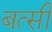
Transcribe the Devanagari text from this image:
बत्सी